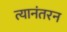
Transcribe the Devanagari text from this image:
त्यानंतरन